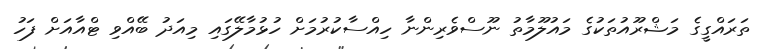
ތަރައްގީގެ މަޝްރޫއުތަކުގެ މައުލޫމާތު ނޫސްވެރިންނާ ހިއްސާކުރުމަށް ހުޅުމާލޭގައި މިއަދު ބޭއްވި ޓްއާއަށް ފަހު